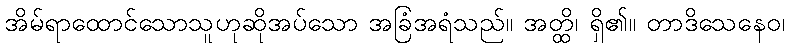
အိမ်ရာထောင်သောသူဟုဆိုအပ်သော အခြံအရံသည်။ အတ္ထိ၊ ရှိ၏။ တာဒိသေနေဝ၊